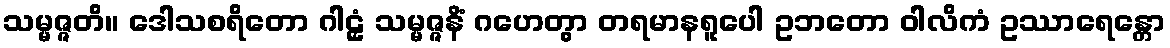
သမ္မဇ္ဇတိ။ ဒေါသစရိတော ဂါဠှံ သမ္မဇ္ဇနိံ ဂဟေတွာ တရမာနရူပေါ ဥဘတော ဝါလိကံ ဥဿာရေန္တော